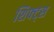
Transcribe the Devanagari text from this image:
शिफ्ट्स